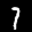
Digit: 7